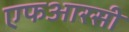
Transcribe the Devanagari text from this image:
एफआरसी